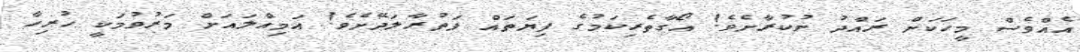
އެއްވެސް މީހަކަށް ރައްދު ނުކުރާށެވެ! އޯގާތެރިކަމުގެ ފިޔަތައް ފަތުރާލަދޭށެވެ! އަމިއްލައަށް މަރުވުމަކީ ހުރިހާ